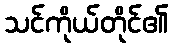
သင်ကိုယ်တိုင်၏